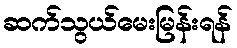
ဆက်သွယ်မေးမြန်းရန်